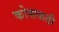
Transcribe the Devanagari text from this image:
कोसळती